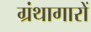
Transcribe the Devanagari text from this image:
ग्रंथागारों